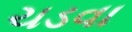
ચડવા